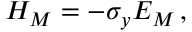
H _ { M } = - \sigma _ { y } E _ { M } \, ,